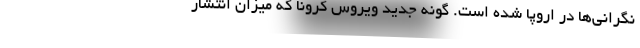
نگرانی‌ها در اروپا شده است. گونه جدید ویروس کرونا که میزان انتشار